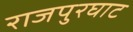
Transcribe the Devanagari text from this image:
राजपुरघाट